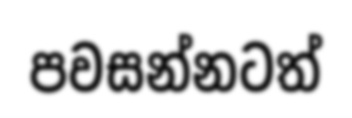
පවසන්නටත්